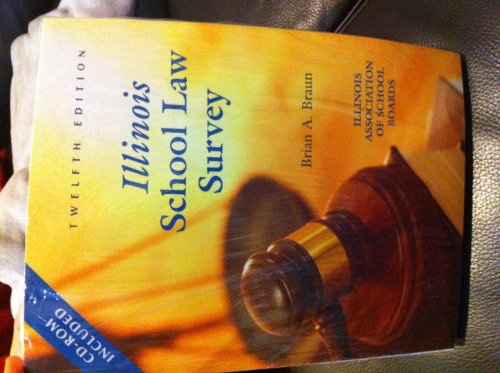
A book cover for Illinois School Law Survey; Brian A. Braun; Law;